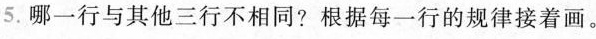
5.哪一行与其他三行不相同?根据每一行的规律接着画。